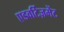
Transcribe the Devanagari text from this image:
एडवर्टिज़मेंट